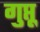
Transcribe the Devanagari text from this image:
गुप्तू